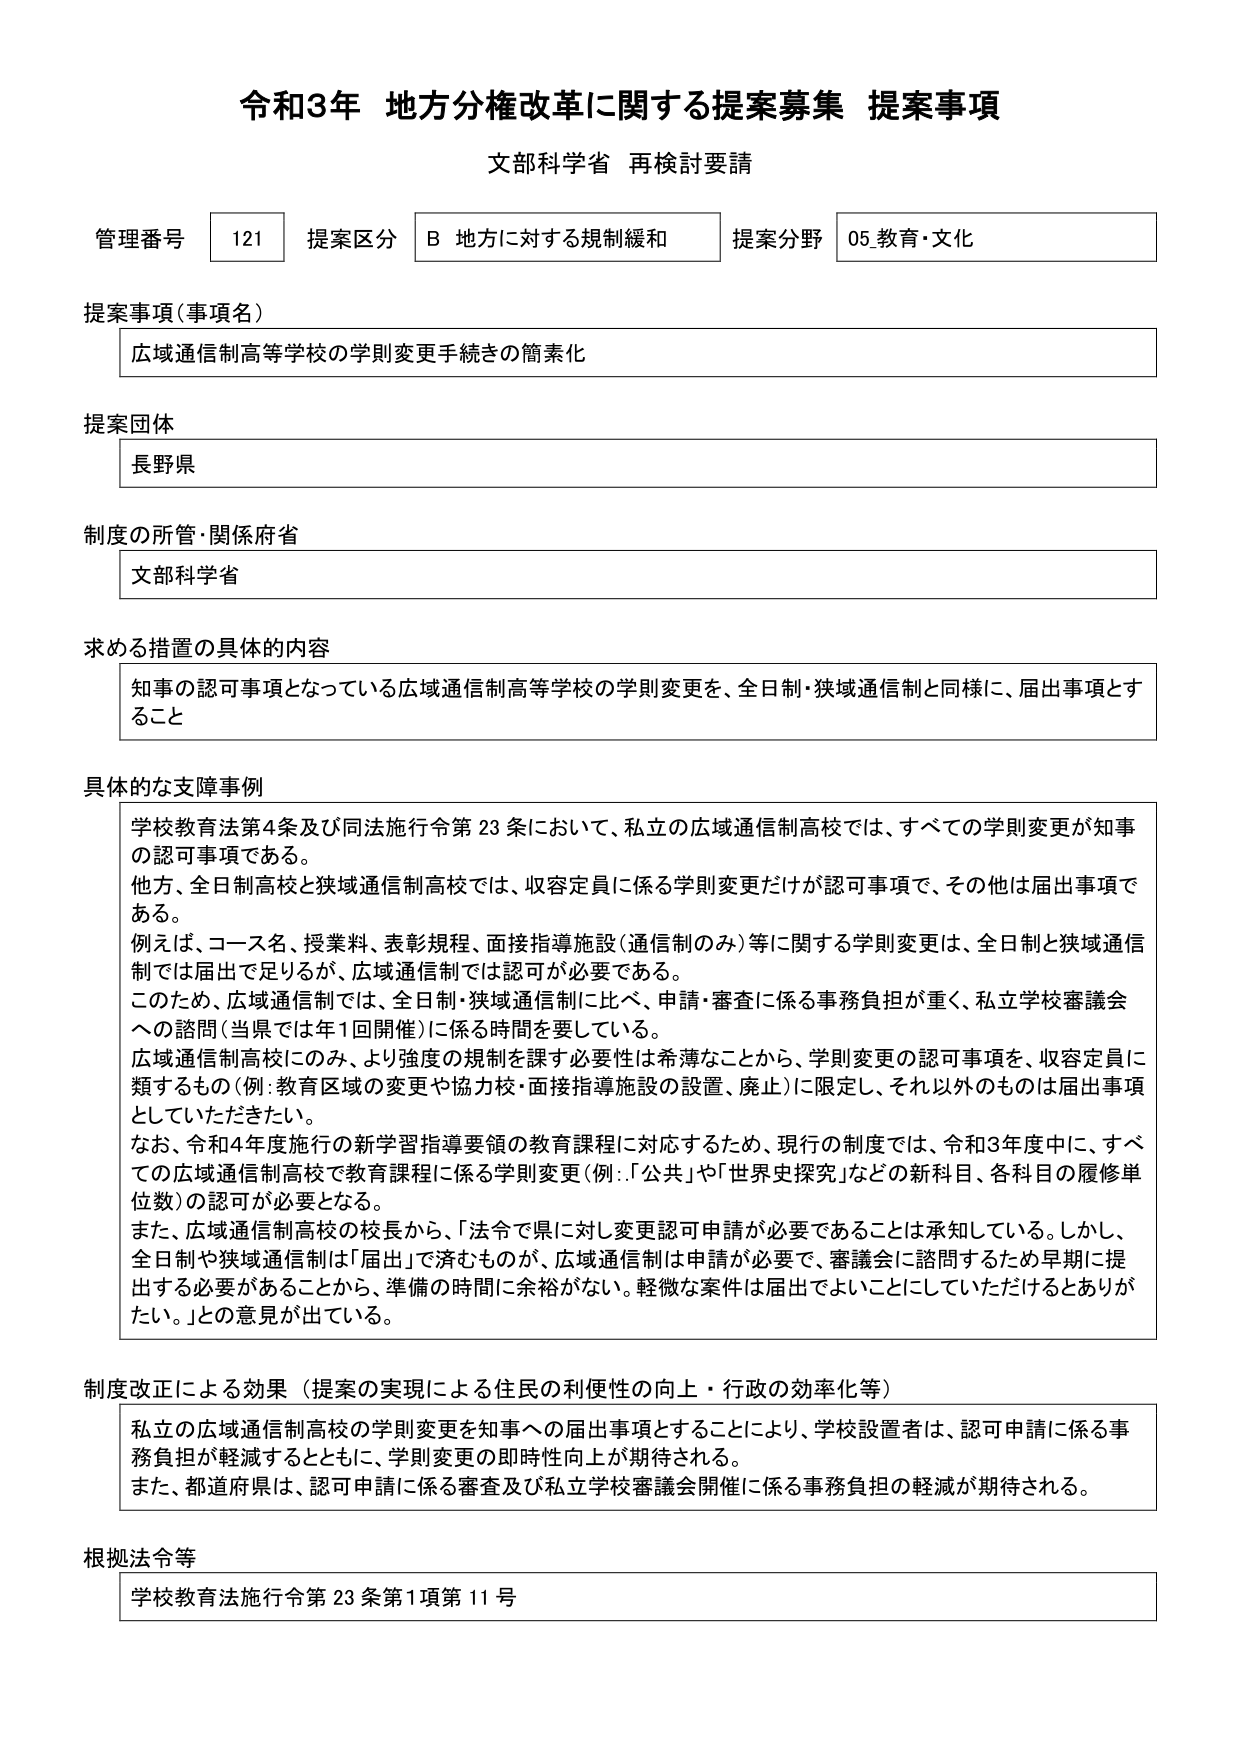
令和3年 地方分権改革に関する提案募集 提案事項
文部科学省 再検討要請

管理番号 121 提案区分 B 地方に対する規制緩和 提案分野 05.教育・文化

提案事項（事項名）
広域通信制高等学校の学則変更手続きの簡素化

提案団体
長野県

制度の所管・関係府省
文部科学省

求める措置の具体的内容
知事の認可事項となっている広域通信制高等学校の学則変更を、全日制・狭域通信制と同様に、届出事項とすること

具体的な支障事例
学校教育法第4条及び同法施行令第23条において、私立の広域通信制高校では、すべての学則変更が知事の認可事項である。
他方、全日制高校と狭域通信制高校では、収容定員に係る学則変更だけが認可事項で、その他は届出事項である。
例えば、コース名、授業料、表彰規程、面接指導施設（通信制のみ）等に関する学則変更は、全日制と狭域通信制では届出で足りるが、広域通信制では認可が必要である。
このため、広域通信制では、全日制・狭域通信制に比べ、申請・審査に係る事務負担が重く、私立学校審議会への諮問（当県では年1回開催）に係る時間を要している。
広域通信制高校にのみ、より強度の規制を課す必要性は希薄なことから、学則変更の認可事項を、収容定員に類するもの（例：教育区域の変更や協力校・面接指導施設の設置、廃止）に限定し、それ以外のものは届出事項としていただきたい。
なお、令和4年度施行の新学習指導要領の教育課程に対応するため、現行の制度では、令和3年度中に、すべての広域通信制高校で教育課程に係る学則変更（例：「公共」や「世界史探究」などの新科目、各科目の履修単位数）の認可が必要となる。
また、広域通信制高校の校長から、「法令で県に対し変更認可申請が必要であることは承知している。しかし、全日制や狭域通信制は「届出」で済むものが、広域通信制は申請が必要で、審議会に諮問するため早期に提出する必要があることから、準備の時間に余裕がない。軽微な案件は届出でよいことにしていただけるとありがたい。」との意見が出ている。

制度改正による効果（提案の実現による住民の利便性の向上・行政の効率化等）
私立の広域通信制高校の学則変更を知事への届出事項とすることにより、学校設置者は、認可申請に係る事務負担が軽減するとともに、学則変更の即時性向上が期待される。
また、都道府県は、認可申請に係る審査及び私立学校審議会開催に係る事務負担の軽減が期待される。

根拠法令等
学校教育法施行令第23条第1項第11号